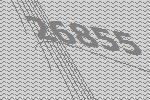
26855